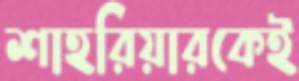
শাহরিয়ারকেই